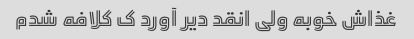
غذاش خوبه ولی انقد دیر آورد ک کلافه شدم